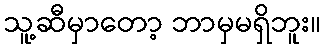
သူ့ဆီမှာတော့ ဘာမှမရှိဘူး။